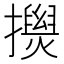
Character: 𢸂